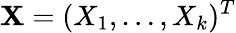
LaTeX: \mathbf{X}=(X_{1},\ldots,X_{k})^{T}